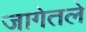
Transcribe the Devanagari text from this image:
जागेतले